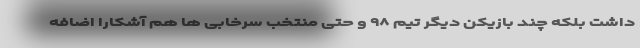
داشت بلکه چند بازیکن دیگر تیم ۹۸ و حتی منتخب سرخابی ها هم آشکارا اضافه